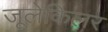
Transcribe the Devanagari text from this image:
जूलेकिलर